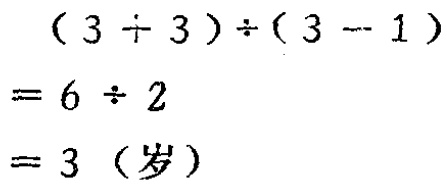
\[(3 \div 3)\div(3 - 1)\\

= 6\div 2\\

= 3（岁）\]